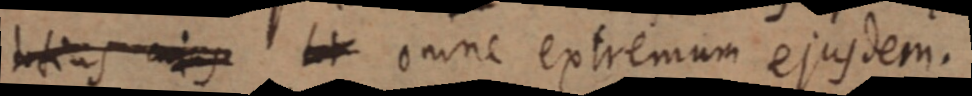
totius cujus _ omne extremum ejusdem.